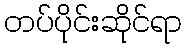
တပ်ပိုင်းဆိုင်ရာ